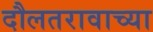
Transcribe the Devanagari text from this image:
दौलतरावाच्या